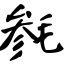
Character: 毵